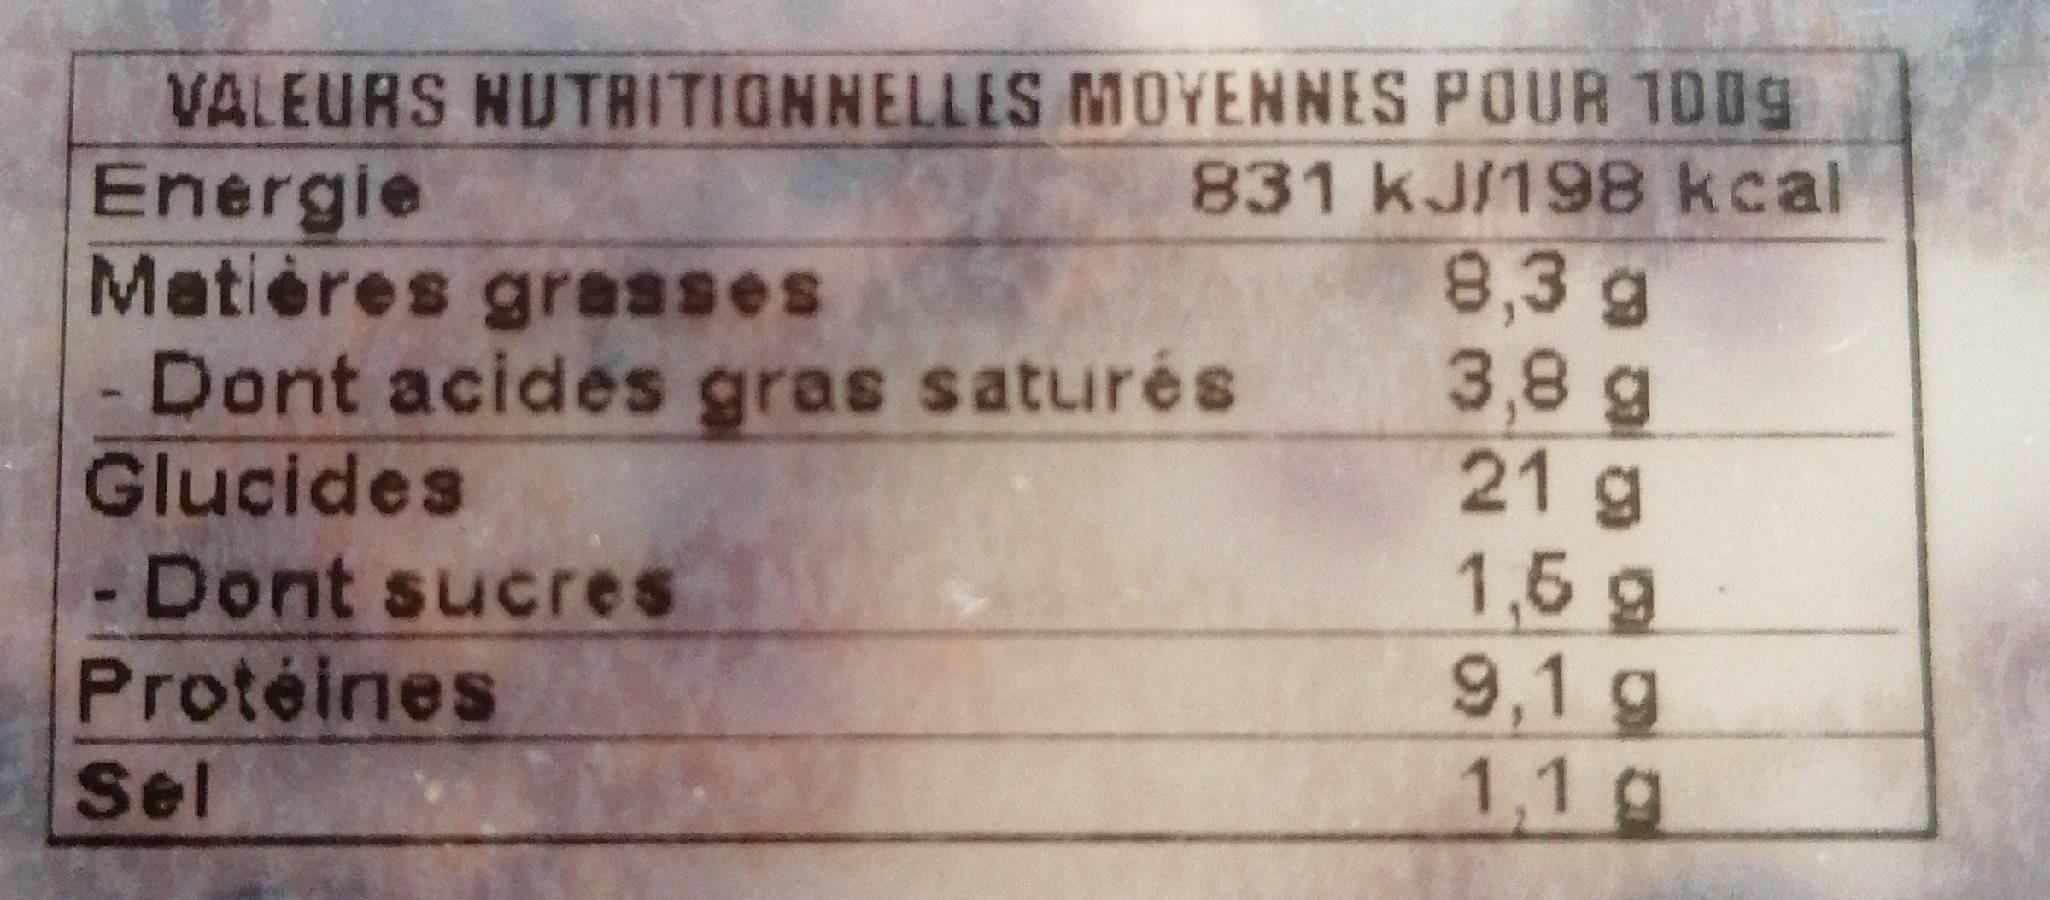
VALEURS NUTRITIONNELLES MOYENNES POUR 1D09
Energie Matières gresses Dont acides gras saturés Glucides
831 kJ/198 kcal 8,3 g 3,8 g 21 g 1,5g 9,1 g 1,1 g
-Dont sucres
Protéines
Sel